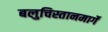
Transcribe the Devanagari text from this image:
बलुचिस्तानमार्गे